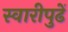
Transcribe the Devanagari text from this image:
स्वारीपुढें